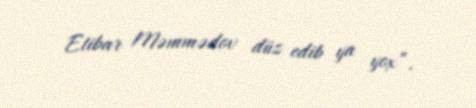
Etibar Məmmədov düz edib ya yox”.